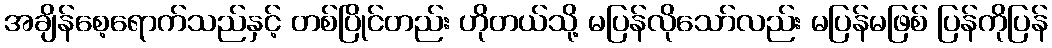
အချိန်စေ့ရောက်သည်နှင့် တစ်ပြိုင်တည်း ဟိုတယ်သို့ မပြန်လိုသော်လည်း မပြန်မဖြစ် ပြန်ကိုပြန်